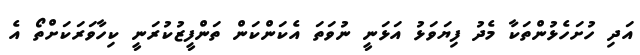
އަދި ހުށަހެޅުންތަކާ މެދު ފިޔަވަޅު އަޅަނީ ނުވަތަ އެކަންކަން ތަންފީޒުކުރަނީ ކިހާވަރަކަށްތޯ އެ